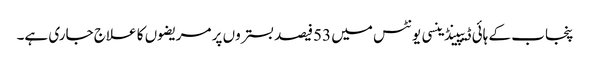
پنجاب کے ہائی ڈیپینڈینسی یونٹس میں 53فیصد بستروں پر مریضوں کا علاج جاری ہے۔